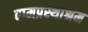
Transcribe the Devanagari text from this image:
वामप्रस्थाश्रम